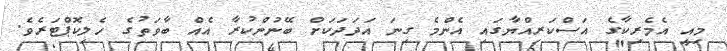
މިއީ އެމެރިކާގެ އަސްކަރިއްޔާގައި އެންމެ ގިނަ އަދަދަކަށް ބޭނުންކުރާ އެއް ބާވަތުގެ ހެލިކޮޕްޓަރެވެ.